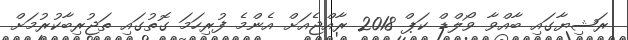
ރަޝިޔާގައި ބާއްވާ ވޯލްޑް ކަޕް 2018 ރާއްޖެއަށް އެންމެ ފުރިހަމަ ގޮތުގައި ތަޖުރިބާކުރުމަށް